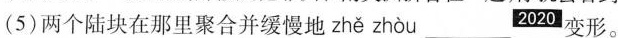
(5)两个陆块在那里聚合并缓慢地 zhě zhòu2020 变形。